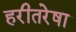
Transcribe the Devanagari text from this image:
हरीतरेषा